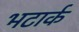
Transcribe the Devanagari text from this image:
भटार्क